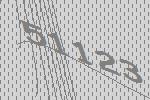
51123